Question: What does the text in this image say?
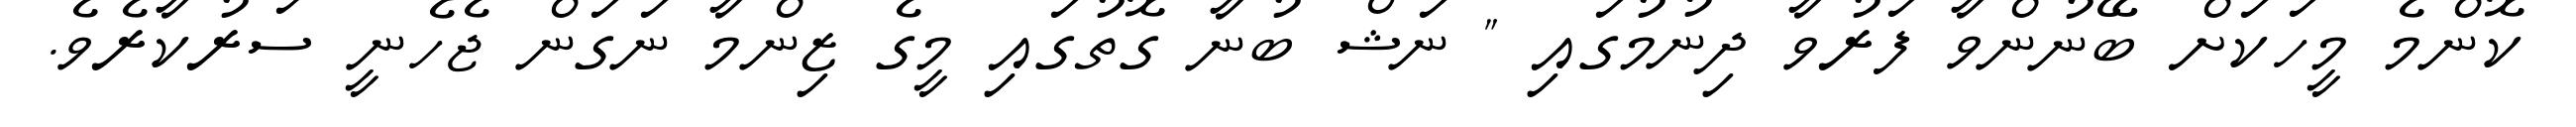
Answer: ކޮންމެ މީހަކަށް ބޭނުންވާ ފަރުވާ ދިނުމުގައި " ނަޝް ބުނާ ގޮތުގައި މީގެ ޒިންމާ ނަގަން ޖެހެނީ ސަރުކާރެވެ.